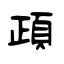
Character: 頙